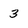
Character: 3